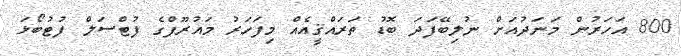
800 އަހަރުން މަނަދުއަށް ނުލިބޭފަދަ ބޮޑު ތަރައްޤީއެއް މިފަހަރު މައުރޫފްގެ ފުޓްސަލް ފުޓުބޯޅަ